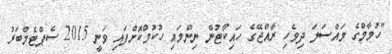
"ހުމާމްގެ މައްސަލަ ދިވެހި ރާއްޖޭގެ ހައިކޯޓުން ނިންމައި ހުކުމްކޮށްފައި ވަނީ 2015 ސެޕްޓެމްބަރު